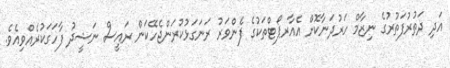
އަދި ދަތުރުފަތުރުގެ ނިޒާމް ހަރުދަނާކޮށް އެއާރޕޯޓްތަކުގެ ފެންވަރު ރަނަގަޅުކުރަންޖެހޭކަން ރައީސް ނަޝީދު ފާހަގަކުރެއްވިއެވެ.